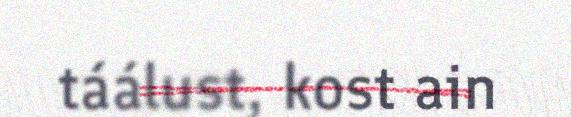
táálust, kost ain